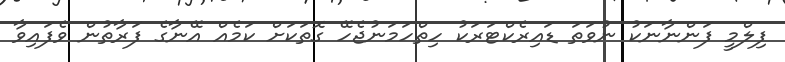
ފިލްމީ ފަންނާނަކު ނުވަތަ ޑައިރެކްޓަރަކު ހިތްހަަމަނުޖެހޭ ގޮތަކަށް ކަމެއް އޭނާގެ ފަރާތުން ވެފައިވާ